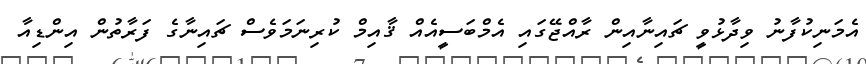
އެމަނިކުފާނު ވިދާޅުވީ ޗައިނާއިން ރާއްޖޭގައި އެމްބަސީއެއް ޤާއިމް ކުރިނަމަވެސް ޗައިނާގެ ފަރާތުން އިންޑިއާ